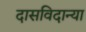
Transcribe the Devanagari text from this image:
दासविदान्या